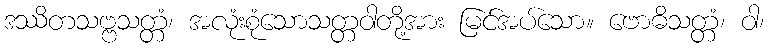
ဒဿိတသဗ္ဗသတ္တံ၊ အလုံးစုံသောသတ္တဝါတို့အား မြင်အပ်သော။ ဗောဓိသတ္တံ၊ ဝါ၊